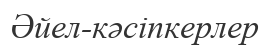
Әйел-кәсіпкерлер